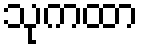
သုကထာ